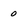
Character: 0